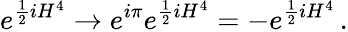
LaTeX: e^{\frac{1}{2}iH^{4}}\rightarrow e^{i\pi}e^{\frac{1}{2}iH^{4}}=-e^{\frac{1}{2}iH^{4}}\, .